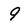
Character: 9